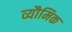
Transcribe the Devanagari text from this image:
व्यौमिक